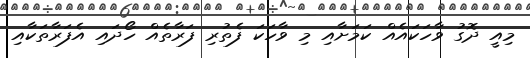
މިއީ ދޮގު ވާހަކައެއް ކަމަށާއި މި ވާހަކަ ފެތުރި ފަރާތެއް ހޯދައި އެފަރާތަކާއި